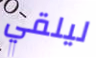
ليلقي